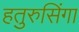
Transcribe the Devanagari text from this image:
हतुरुसिंगा